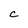
Character: c